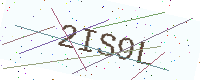
Text: 2IS9L